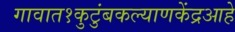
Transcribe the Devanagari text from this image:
गावात१कुटुंबकल्याणकेंद्रआहे